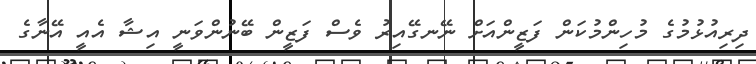
ދިރިއުޅުމުގެ މުހިންމުކަން ފަޒީންއަށް ނޭނގޭއިރު ވެސް ފަޒީން ބޭނުންވަނީ އިޝާ އެއީ އޭނާގެ